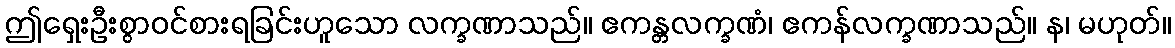
ဤရှေးဦးစွာဝင်စားရခြင်းဟူသော လက္ခဏာသည်။ ဧကန္တလက္ခဏံ၊ ဧကန်လက္ခဏာသည်။ န၊ မဟုတ်။